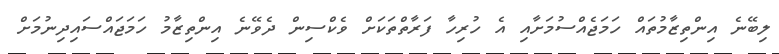
ލިބޭނެ އިންތިޒާމުތައް ހަމަޖެއްސުމަށާއި އެ ހުރިހާ ފަރާތްތަކަށް ވެކްސިން ދެވޭނެ އިންތިޒާމު ހަމަޖައްސައިދިނުމަށް